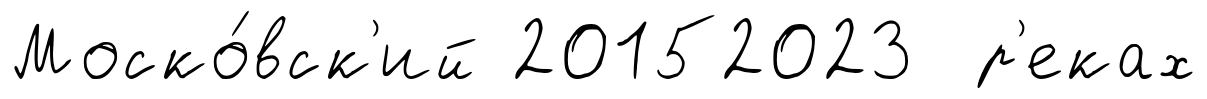
Моско́вск'ий 20152023 р'еках